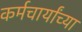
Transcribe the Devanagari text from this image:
कर्मचार्यांच्या